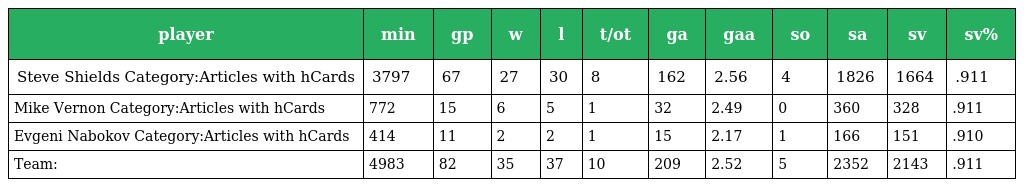
| player | min | gp | w | l | t/ot | ga | gaa | so | sa | sv | sv% |
 | --- | --- | --- | --- | --- | --- | --- | --- | --- | --- | --- | --- |
 | Steve Shields Category:Articles with hCards | 3797 | 67 | 27 | 30 | 8 | 162 | 2.56 | 4 | 1826 | 1664 | .911 |
 | Mike Vernon Category:Articles with hCards | 772 | 15 | 6 | 5 | 1 | 32 | 2.49 | 0 | 360 | 328 | .911 |
 | Evgeni Nabokov Category:Articles with hCards | 414 | 11 | 2 | 2 | 1 | 15 | 2.17 | 1 | 166 | 151 | .910 |
 | Team: | 4983 | 82 | 35 | 37 | 10 | 209 | 2.52 | 5 | 2352 | 2143 | .911 |